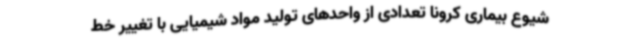
شیوع بیماری کرونا تعدادی از واحدهای تولید مواد شیمیایی با تغییر خط